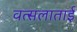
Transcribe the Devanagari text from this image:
वत्सलाताई